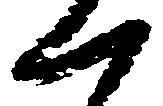
一